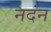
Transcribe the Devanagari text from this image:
नदंन